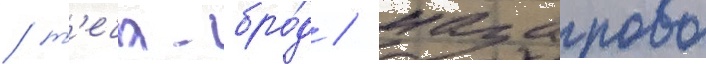
/ т'еча-бро́д / назарово